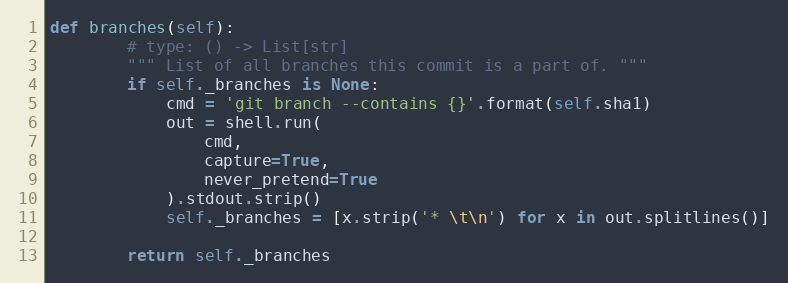
Language: Python
def branches(self):
        # type: () -> List[str]
        """ List of all branches this commit is a part of. """
        if self._branches is None:
            cmd = 'git branch --contains {}'.format(self.sha1)
            out = shell.run(
                cmd,
                capture=True,
                never_pretend=True
            ).stdout.strip()
            self._branches = [x.strip('* \t\n') for x in out.splitlines()]

        return self._branches